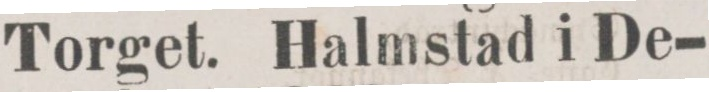
Torget. Halmstad i De-